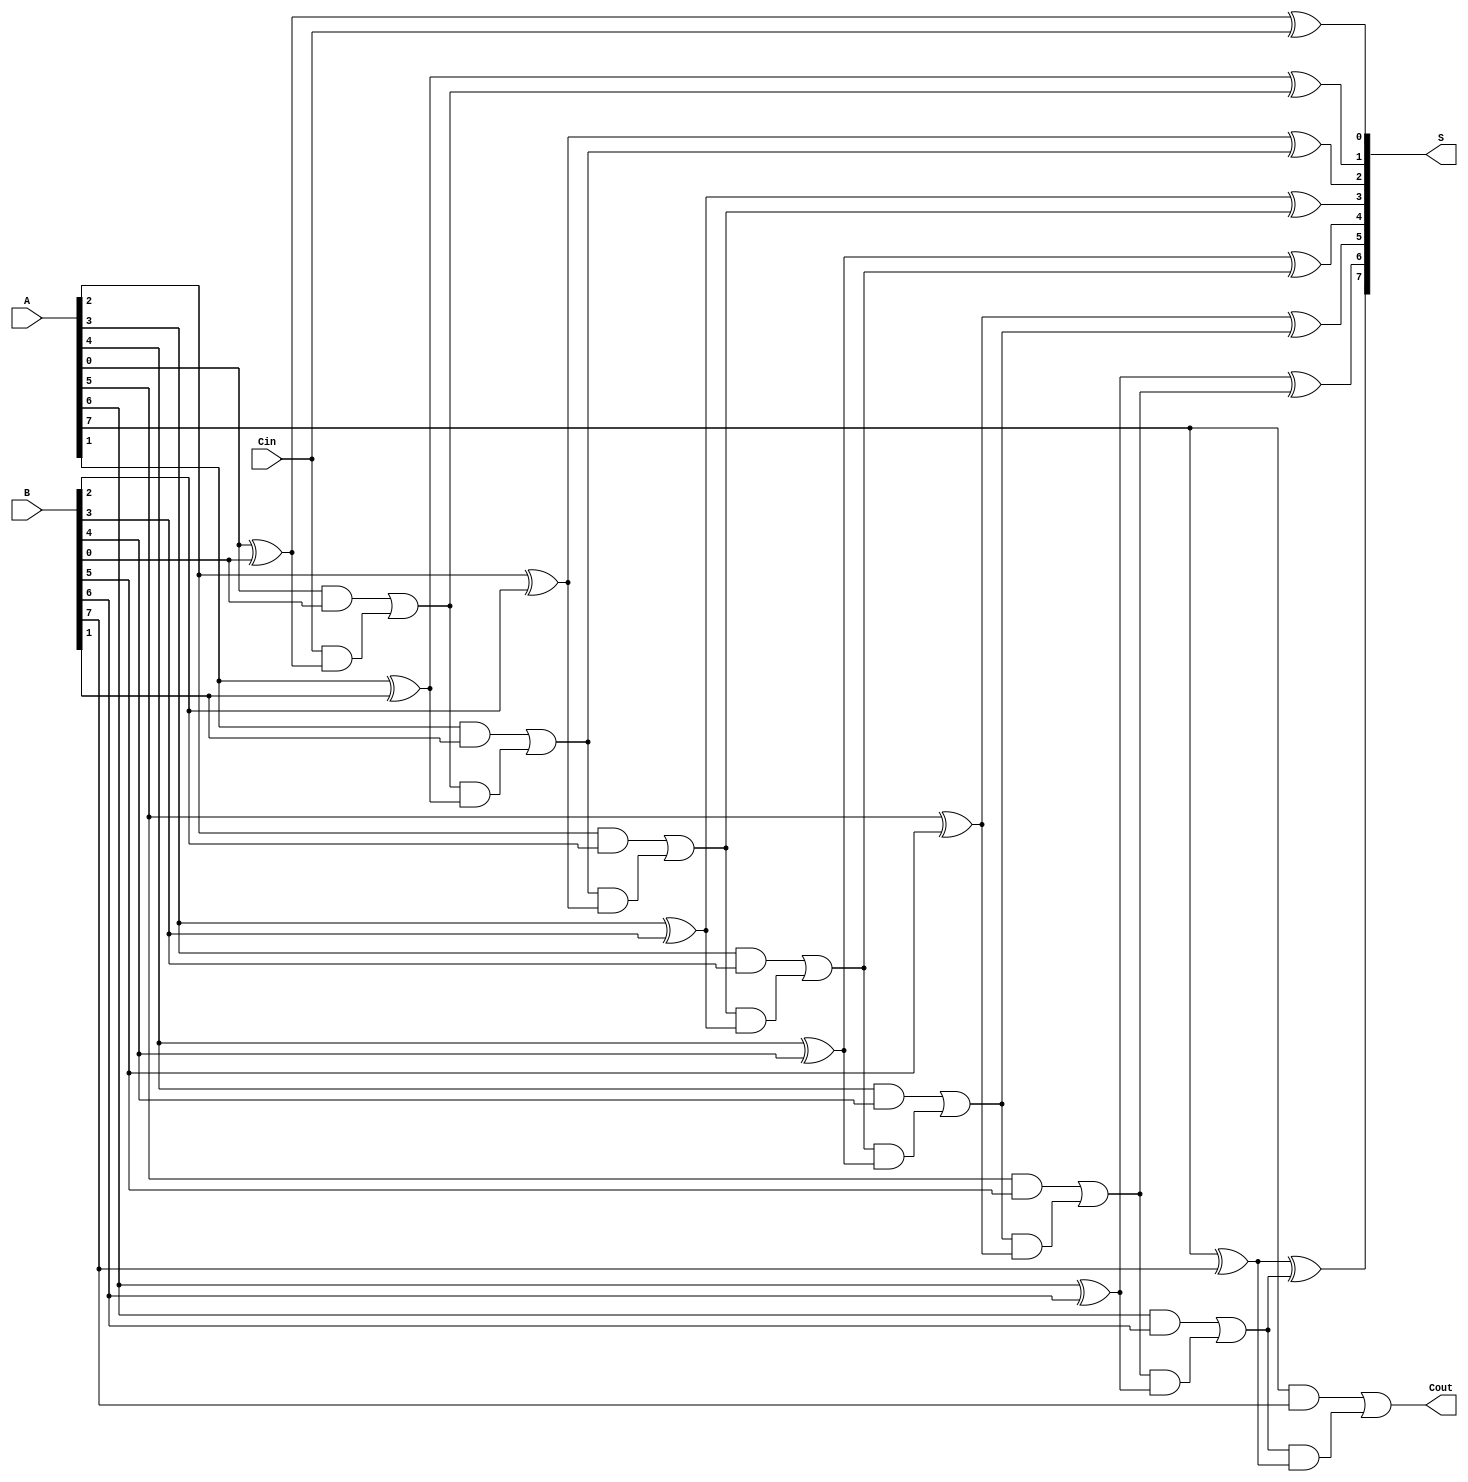
module ManchesterCarryChainAdder #(parameter n = 8) (
    input [n-1:0] A,      // First n-bit input
    input [n-1:0] B,      // Second n-bit input
    input Cin,            // Carry-in
    output [n-1:0] S,     // n-bit sum output
    output Cout           // Carry-out
);

    wire [n:0] C; // Carry signals, C[n] is the final carry-out

    // Initial carry-in
    assign C[0] = Cin;

    // Generate sum and carry for each bit
    genvar i;
    generate
        for (i = 0; i < n; i = i + 1) begin : adder_stage
            // Sum calculation
            assign S[i] = A[i] ^ B[i] ^ C[i];

            // Carry calculation
            assign C[i + 1] = (A[i] & B[i]) | (C[i] & (A[i] ^ B[i]));
        end
    endgenerate

    // Final carry-out
    assign Cout = C[n];

endmodule